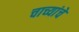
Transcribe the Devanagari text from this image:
चाच्यांचे